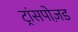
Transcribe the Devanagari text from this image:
ट्रांसपोज़ड